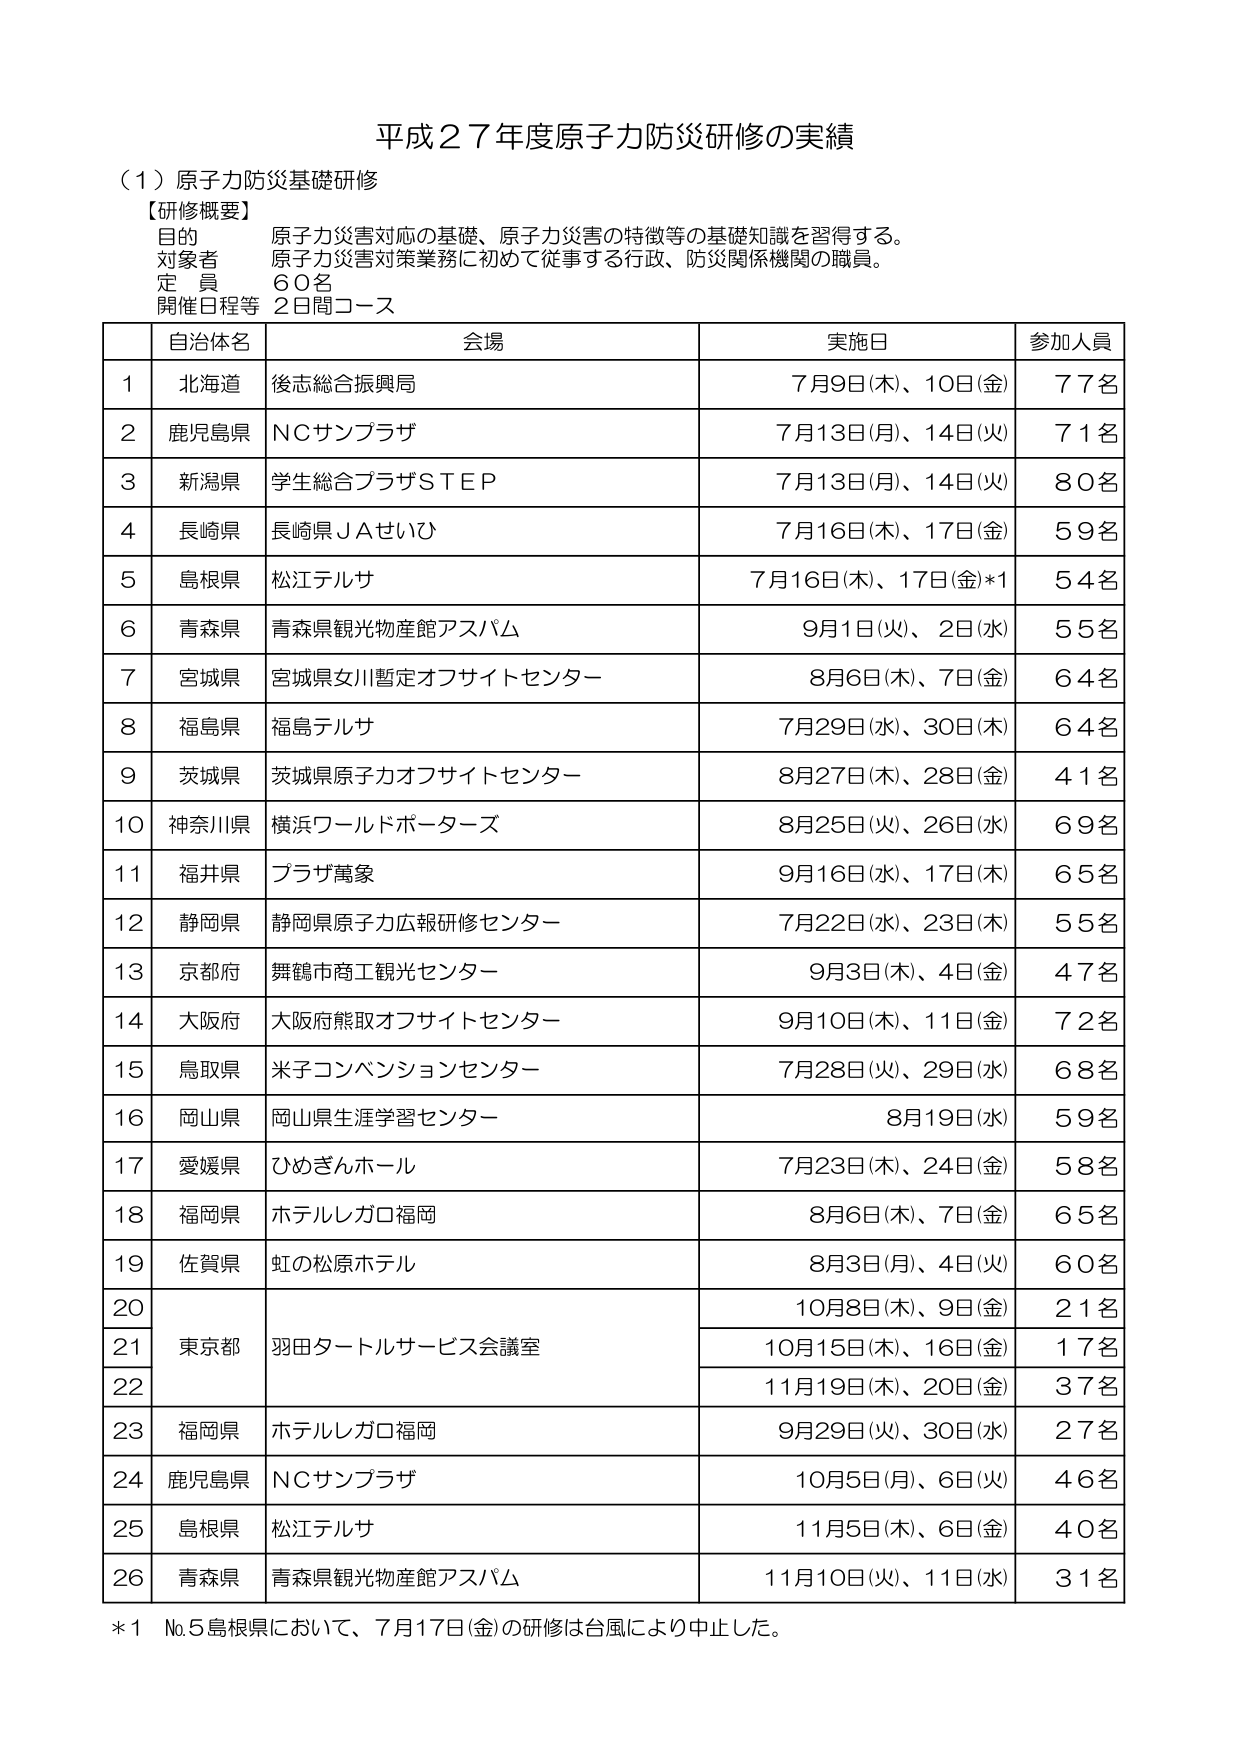
平成２７年度原子力防災研修の実績

（１）原子力防災基礎研修
【研修概要】
目的　原子力災害対応の基礎、原子力災害の特徴等の基礎知識を習得する。
対象者　原子力災害対策業務に初めて従事する行政、防災関係機関の職員。
定員　６０名
開催日程等　２日間コース

| | 自治体名 | 会場 | 実施日 | 参加人員 |
|---|---|---|---|---|
| 1 | 北海道 | 後志総合振興局 | 7月9日(木)、10日(金) | 77名 |
| 2 | 鹿児島県 | NCサンプラザ | 7月13日(月)、14日(火) | 71名 |
| 3 | 新潟県 | 学生総合プラザＳＴＥＰ | 7月13日(月)、14日(火) | 80名 |
| 4 | 長崎県 | 長崎県ＪＡせいひ | 7月16日(木)、17日(金) | 59名 |
| 5 | 島根県 | 松江テルサ | 7月16日(木)、17日(金)*1 | 54名 |
| 6 | 青森県 | 青森県観光物産館アスパム | 9月1日(火)、2日(水) | 55名 |
| 7 | 宮城県 | 宮城県女川暫定オフサイトセンター | 8月6日(木)、7日(金) | 64名 |
| 8 | 福島県 | 福島テルサ | 7月29日(水)、30日(木) | 64名 |
| 9 | 茨城県 | 茨城県原子力オフサイトセンター | 8月27日(木)、28日(金) | 41名 |
| 10 | 神奈川県 | 横浜ワールドポーターズ | 8月25日(火)、26日(水) | 69名 |
| 11 | 福井県 | プラザ萬象 | 9月16日(水)、17日(木) | 65名 |
| 12 | 静岡県 | 静岡県原子力広報研修センター | 7月22日(水)、23日(木) | 55名 |
| 13 | 京都府 | 舞鶴市商工観光センター | 9月3日(木)、4日(金) | 47名 |
| 14 | 大阪府 | 大阪府熊取オフサイトセンター | 9月10日(木)、11日(金) | 72名 |
| 15 | 鳥取県 | 米子コンベンションセンター | 7月28日(火)、29日(水) | 68名 |
| 16 | 岡山県 | 岡山県生涯学習センター | 8月19日(水) | 59名 |
| 17 | 愛媛県 | ひめぎんホール | 7月23日(木)、24日(金) | 58名 |
| 18 | 福岡県 | ホテルレガロ福岡 | 8月6日(木)、7日(金) | 65名 |
| 19 | 佐賀県 | 虹の松原ホテル | 8月3日(月)、4日(火) | 60名 |
| 20 | | | 10月8日(木)、9日(金) | 21名 |
| 21 | 東京都 | 羽田タートルサービス会議室 | 10月15日(木)、16日(金) | 17名 |
| 22 | | | 11月19日(木)、20日(金) | 37名 |
| 23 | 福岡県 | ホテルレガロ福岡 | 9月29日(火)、30日(水) | 27名 |
| 24 | 鹿児島県 | NCサンプラザ | 10月5日(月)、6日(火) | 46名 |
| 25 | 島根県 | 松江テルサ | 11月5日(木)、6日(金) | 40名 |
| 26 | 青森県 | 青森県観光物産館アスパム | 11月10日(火)、11日(水) | 31名 |

＊1　No.5島根県において、7月17日(金)の研修は台風により中止した。